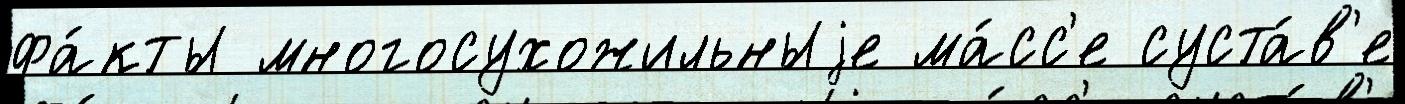
фа́кты многосухожильныjе ма́сс'е суста́в'е